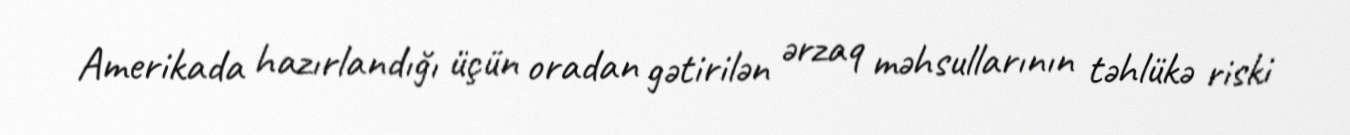
Amerikada hazırlandığı üçün oradan gətirilən ərzaq məhsullarının təhlükə riski